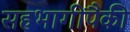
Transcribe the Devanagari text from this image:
सहभागींपैकी